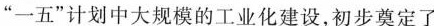
”一五”计划中大规模的工业化建设，初步奠定了